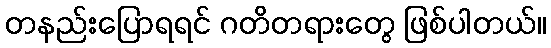
တနည်းပြောရရင် ဂတိတရားတွေ ဖြစ်ပါတယ်။